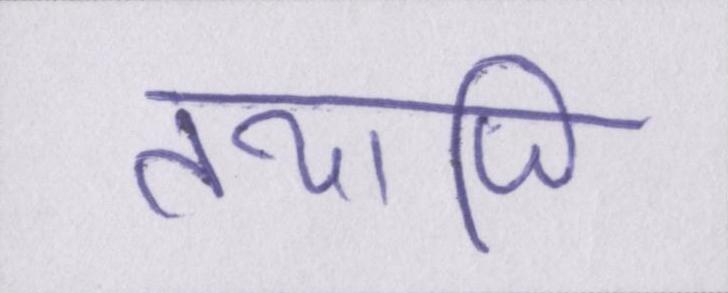
तथापि